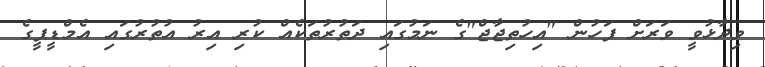
ވިދާޅުވީ ވަރަށް ފަހުން "އިހުތިޖާޖް"ގެ ނަމުގައި ދަތުރުތަކެއް ކުރި އިރު އުތުރުގައި އެމްޑީޕީގެ